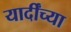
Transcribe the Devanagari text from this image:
यार्दींच्या